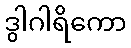
ဒွါဂါရိကော